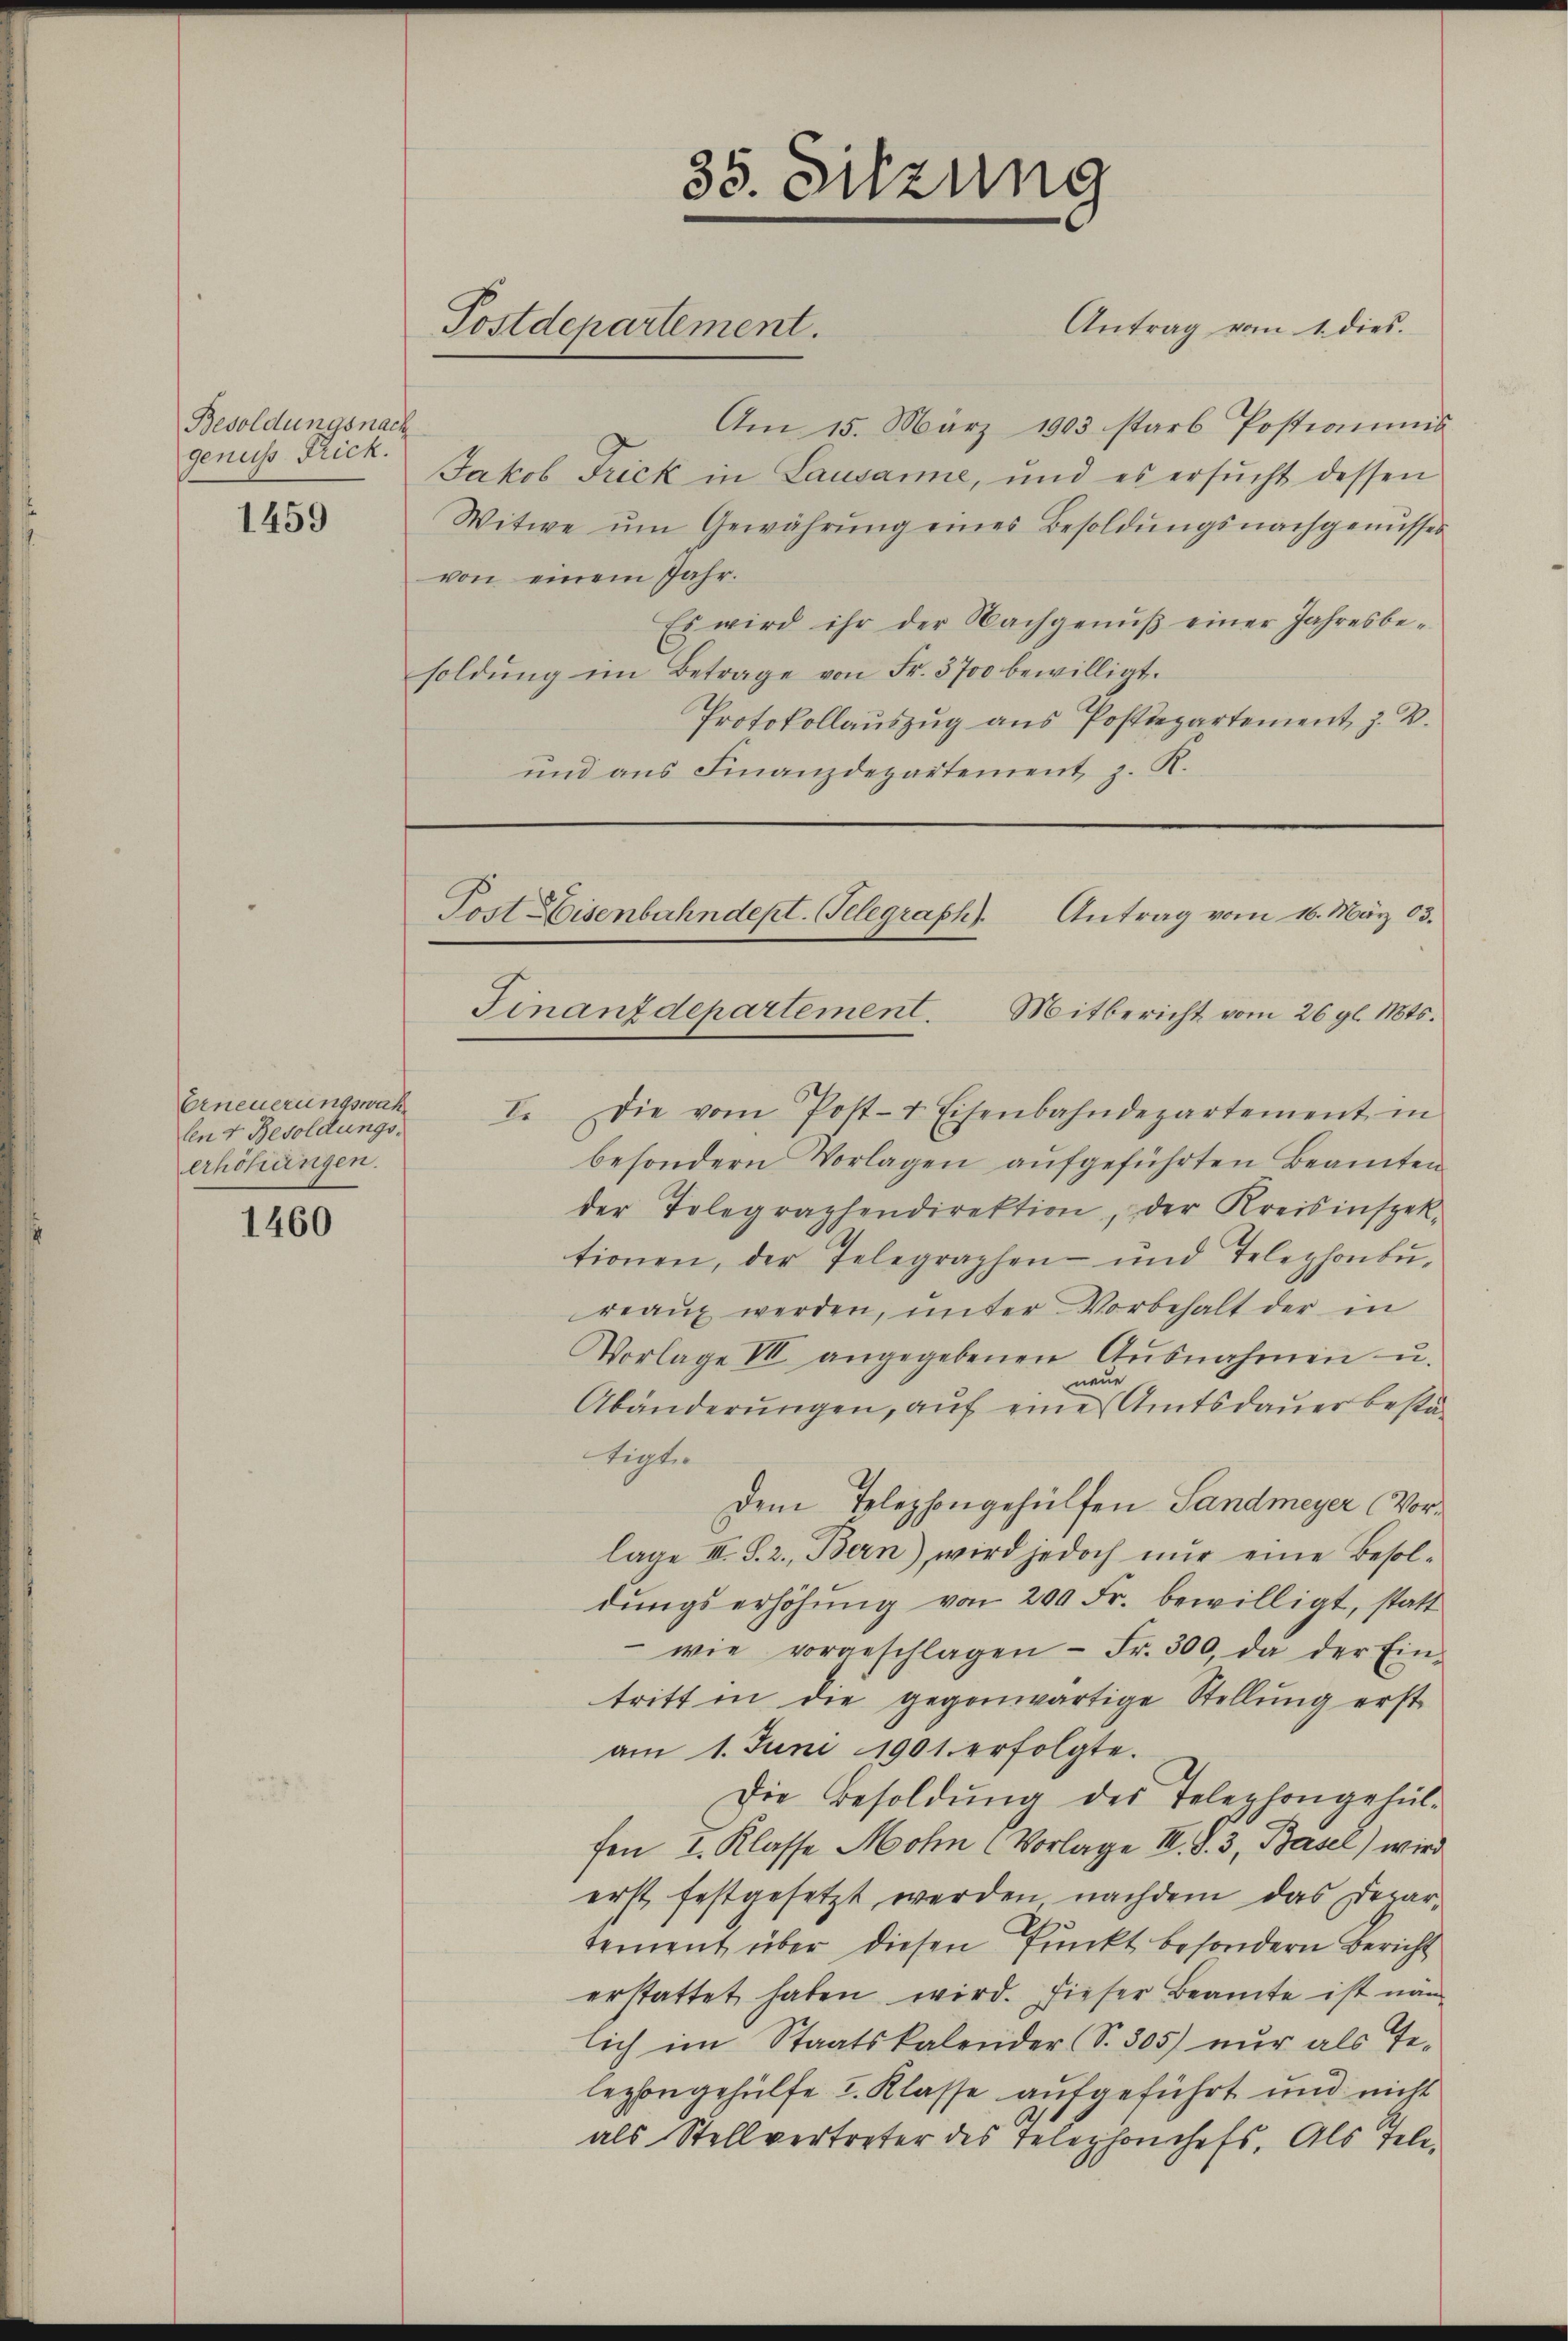
Besoldungsnach
genuss Frick.

1459

1460

Postdepartement.

Erneuerungswuhr
len 4 Besoldungserhöhungen.

Am 15. März 1903 starb Postianis
Jakob Frick in Lausanne, und es ersŭcht dessen
Witwe ŭm Gewährŭng eines Besoldŭngsnachgenŭsses
von einem Jahr.
Es wird ihr der Nachgenŭβ einer Jahresbe-
soldŭng im Betrage von Fr. 5700 bewilligt.
Protokollauszug aus Postdepartement, z. B.
und aus Finanzdepartement, z. R.

Post Eisenbahndept. Gelegraph
Antrag vom 16. März 03.
Finanzdepartement. Mitbericht vom 26 gl. Mts.

35. Sitzung

Antrag vom 1. dies.

I. Die vom Post- & Eisenbahndepartement in
besondern Vorlagen aŭfgeführten Beamten
der Telegraphendirektion, der Kreisinspek-
tionen, der Telegraphen- und Telephonbŭ-
reaŭ werden, unter Vorbehalt der in
Vorlage III angegebenen Aŭsnahmen u.
neue
Abänderŭngen, auf eine Amtsdauer bestätigte
Dem Telephongehülfen Sandmeyer (Vorlage III. S. 2. Bern) wird jedoch nur eine Besoldŭngserhöhŭng von 200 Fr. bewilligt, statt
 wie vorgeschlagen - Fr. 300, da der Ein-
tritt in die gegenwärtige Stellŭng erst
am 1. Juni 1901 erfolgte.
Die Besoldŭng des Telephongehül-
fen I. Klasse Mohn (Vorlage III S. 3, Basel) wird
erst festgesetzt werden nachdem das Departement über diesen Punkt besondern Bericht
erstattet haben wird. Dieser Beamte ist nämlich im Staatskalender (S. 305) nur als Telegbegehülfe I. Klasse aufgeführt und nicht
als Stellvertreter des Telephonchefs. Als Tele¬